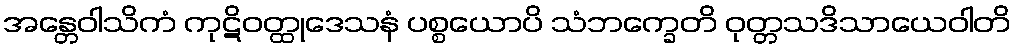
အန္တေဝါသိကံ ကုဋိဝတ္ထုဒေသနံ ပစ္စယောပိ သံဘက္ခေတိ ဝုတ္တသဒိသာယေဝါတိ